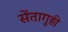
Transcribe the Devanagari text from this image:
सेंतागुड़ी